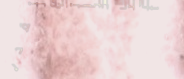
أفضل خياراتكم لتقديم الحل